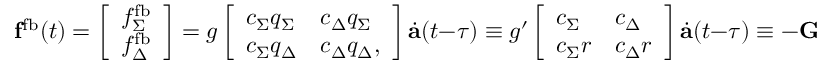
\mathbf { f } ^ { \mathrm { f b } } ( t ) = \left[ \begin{array} { l } { f _ { \Sigma } ^ { \mathrm { f b } } } \\ { f _ { \Delta } ^ { \mathrm { f b } } } \end{array} \right] = g \left[ \begin{array} { l l } { c _ { \Sigma } q _ { \Sigma } } & { c _ { \Delta } q _ { \Sigma } } \\ { c _ { \Sigma } q _ { \Delta } } & { c _ { \Delta } q _ { \Delta } , } \end{array} \right] \dot { \mathbf { a } } ( t - \tau ) \equiv g ^ { \prime } \left[ \begin{array} { l l } { c _ { \Sigma } } & { c _ { \Delta } } \\ { c _ { \Sigma } r } & { c _ { \Delta } r } \end{array} \right] \dot { \mathbf { a } } ( t - \tau ) \equiv - \mathbf { G } \dot { \mathbf { a } } ( t - \tau ) ,